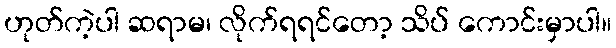
ဟုတ်ကဲ့ပါ ဆရာမ၊ လိုက်ရရင်တော့ သိပ် ကောင်းမှာပါ။